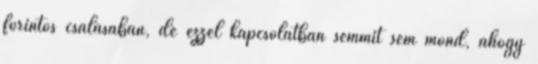
forintos csalásában, de ezzel kapcsolatban semmit sem mond, ahogy